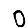
Digit: 0